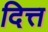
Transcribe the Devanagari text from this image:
दित्त